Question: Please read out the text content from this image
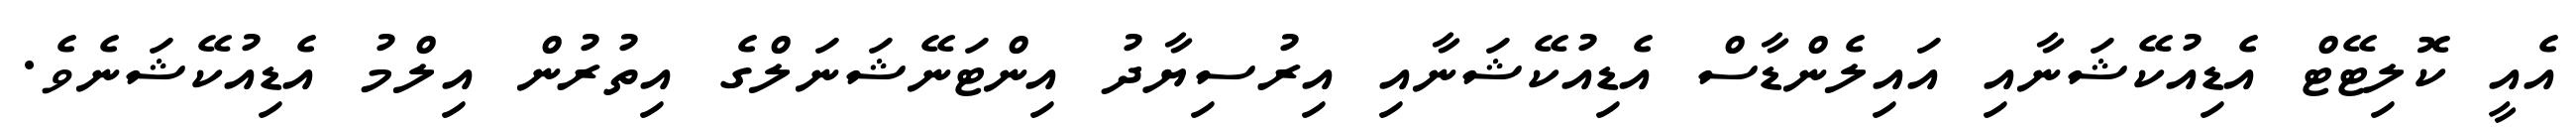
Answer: އެއީ ކޮލިޓޭޓް އެޑިއުކޭޝަނާއި އައިލެންޑާސް އެޑިއުކޭޝަނާއި އިރުސިޔާދު އިންޓަނޭޝަނަލްގެ އިތުރުން އިލްމު އެޑިއުކޭޝަނެވެ.